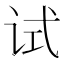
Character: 试